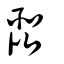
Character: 琵